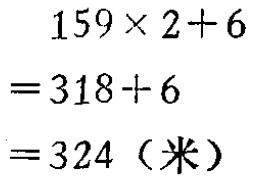
\[
\begin{align*}
&159\times2 + 6\\
=&318+6\\
=&324（米）
\end{align*}
\]